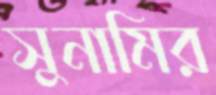
সুনামির